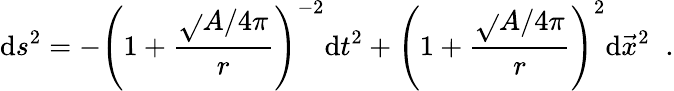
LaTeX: \mathrm{d}s^{2}=-\left(1+{\frac{{\sqrt{}{{A/4\pi}}}}{{r}}}\right)^{-2}\mathrm{d}t^{2}+\left(1+{\frac{{\sqrt{}{{A/4\pi}}}}{{r}}}\right)^{2}\mathrm{d}\vec{{x}}^{2}\; \; .